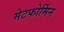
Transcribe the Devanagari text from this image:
मेटफोर्मिन